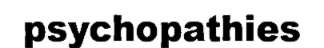
psychopathies